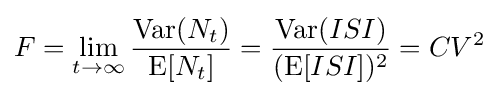
F=\lim _{t\to \infty }{\frac {\operatorname {Var} (N_{t})}{\operatorname {E} [N_{t}]}}={\frac {\operatorname {Var} (ISI)}{(\operatorname {E} [ISI])^{2}}}=CV^{2}